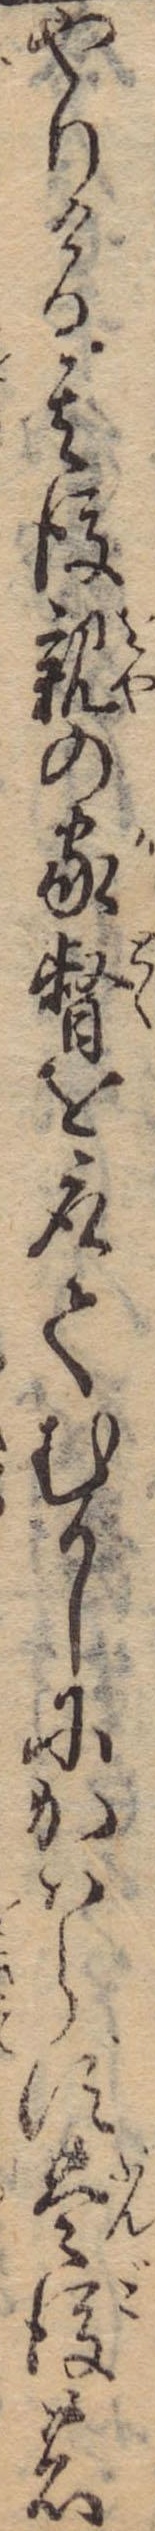
やりける其後親の家督を取てむかしにかはらず豊後の